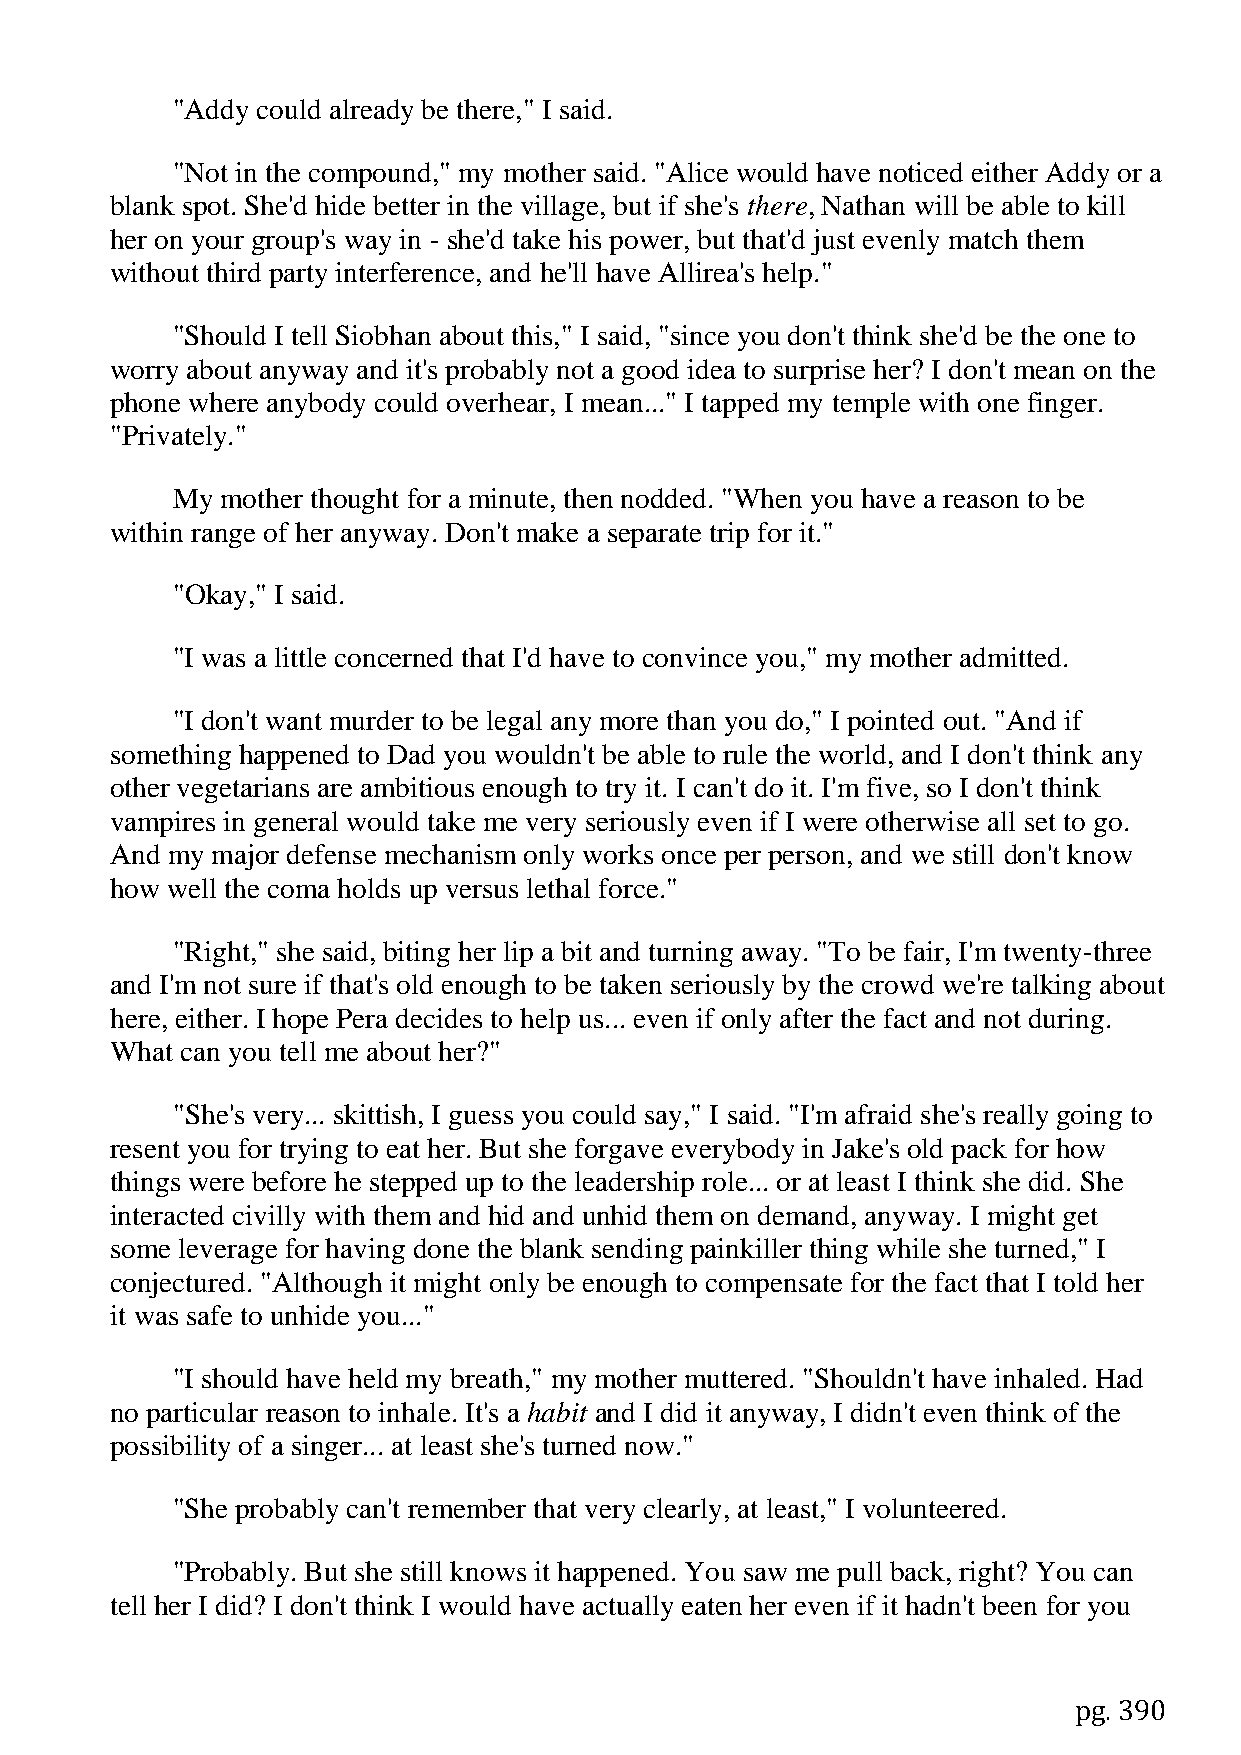
"Addy could already be there," I said.
 "Not in the compound," my mother said. "Alice would have noticed either Addy or a
 blank spot. She'd hide better in the village, but if she's there, Nathan will be able to kill
 her on your group's way in - she'd take his power, but that'd just evenly match them
 without third party interference, and he'll have Allirea's help."
 "Should I tell Siobhan about this," I said, "since you don't think she'd be the one to
 worry about anyway and it's probably not a good idea to surprise her? I don't mean on the
 phone where anybody could overhear, I mean..." I tapped my temple with one finger.
 "Privately."
 My  mother thought for a minute, then nodded. "When you have a reason to be
 within range of her anyway. Don't make a separate trip for it."
 "Okay," I said.
 "I was a little concerned that I'd have to convince you," my mother admitted.
 "I don't want murder to be legal any more than you do," I pointed out. "And if
 something happened to Dad you wouldn't be able to rule the world, and I don't think any
 other vegetarians are ambitious enough to try it. I can't do it. I'm five, so I don't think
 vampires in general would take me very seriously even if I were otherwise all set to go.
 And my major defense mechanism only works once per person, and we still don't know
 how well the coma holds up versus lethal force."
 "Right," she said, biting her lip a bit and turning away. "To be fair, I'm twenty-three
 and I'm not sure if that's old enough to be taken seriously by the crowd we're talking about
 here, either. I hope Pera decides to help us... even if only after the fact and not during.
 What can you tell me about her?"
 "She's very... skittish, I guess you could say," I said. "I'm afraid she's really going to
 resent you for trying to eat her. But she forgave everybody in Jake's old pack for how
 things were before he stepped up to the leadership role... or at least I think she did. She
 interacted civilly with them and hid and unhid them on demand, anyway. I might get
 some leverage for having done the blank sending painkiller thing while she turned," I
 conjectured. "Although it might only be enough to compensate for the fact that I told her
 it was safe to unhide you..."
 "I should have held my breath," my mother muttered. "Shouldn't have inhaled. Had
 no particular reason to inhale. It's a habit and I did it anyway, I didn't even think of the
 possibility of a singer... at least she's turned now."
 "She probably can't remember that very clearly, at least," I volunteered.
 "Probably. But she still knows it happened. You saw me pull back, right? You can
 tell her I did? I don't think I would have actually eaten her even if it hadn't been for you
 pg. 390